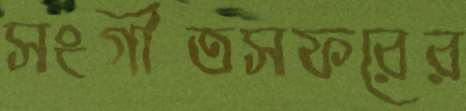
সংগীতসফরের